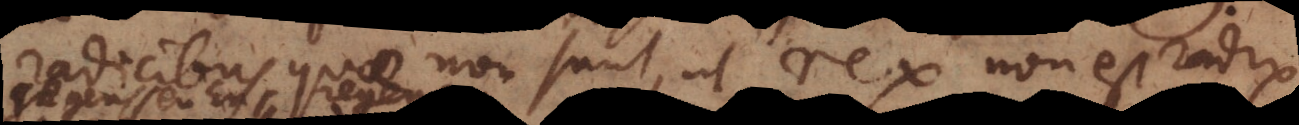
radicibus quae non sunt, ut rex non est radix